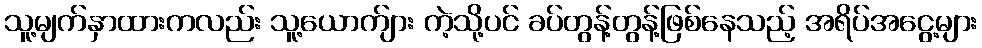
သူ့မျက်နှာထားကလည်း သူ့ယောက်ျား ကဲ့သို့ပင် ခပ်တွန့်တွန့်ဖြစ်နေသည့် အရိပ်အငွေ့များ